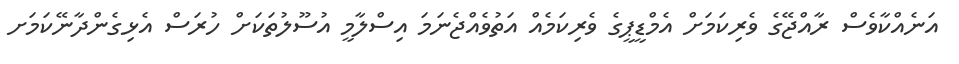
އަނެއްކާވެސް ރާއްޖޭގެ ވެރިކަމަށް އެމްޑީޕީގެ ވެރިކަމެއް އަތުވެއްޖެނަމަ އިސްލާމީ އުސޫލުތަކަށް ހުރަސް އެޅިގެންދާނޭކަމަށ